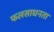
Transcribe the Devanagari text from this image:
फलसाधनता